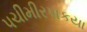
પચીમીરપાકયા